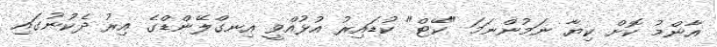
އާންމު ކޮށް ކިޔާ ނަމުންނަމަ "ކޭޓް" ކުޑައިރު އުޅުއްވީ އިނގްލޭންޑްގެ އިރު ދެކުނުގައި